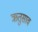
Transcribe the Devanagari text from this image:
ऋतुसाव